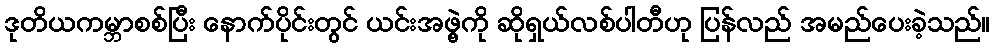
ဒုတိယကမ္ဘာစစ်ပြီး နောက်ပိုင်းတွင် ယင်းအဖွဲ့ကို ဆိုရှယ်လစ်ပါတီဟု ပြန်လည် အမည်ပေးခဲ့သည်။